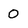
Character: 0